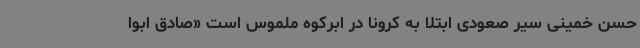
حسن خمینی سیر صعودی ابتلا به کرونا در ابرکوه ملموس است «صادق ابوا